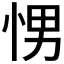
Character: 𭜽